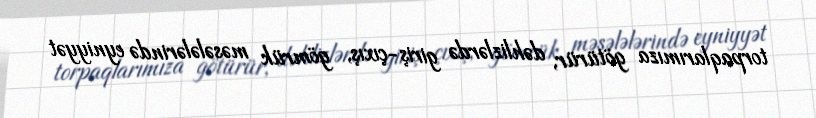
torpaqlarımıza götürür, dəhlizlərdə giriş-çıxış, gömrük məsələlərində eyniyyət